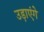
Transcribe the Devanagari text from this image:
उड़ाएंगे